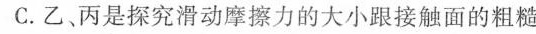
C.乙、丙是探究滑动摩擦力的大小跟接触面的粗糙